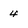
Character: 4